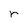
Character: r